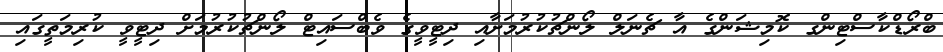
ބްރޯޑްކާސްޓިންގ ކޮމިޝަންގެ އާ ޗެނަލް ލޯންޗުކުރުމަށާއި ދިޓީވީގެ ވެބްސައިޓް ލޯންޗުކުރުމަށް ދިޓީވީ ކުރިމަތީގައި